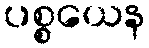
ပစ္စယေန